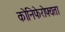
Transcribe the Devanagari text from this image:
कोनिफेरोफ्यता